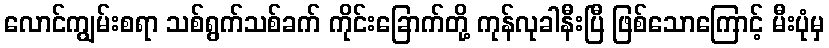
လောင်ကျွမ်းစရာ သစ်ရွက်သစ်ခက် ကိုင်းခြောက်တို့ ကုန်လုခါနီးပြီ ဖြစ်သောကြောင့် မီးပုံမှ